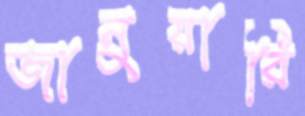
জানুয়ারি